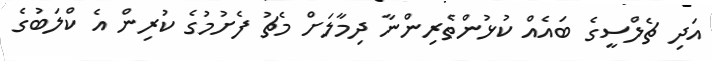
އަދި ޗެލްސީގެ ބައެއް ކުޅުންތެރިންނާ ދިމާލަށް މެޗު ފެށުމުގެ ކުރިން އެ ކްލަބުގެ